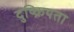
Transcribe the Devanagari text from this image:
दुष्क्रियता